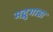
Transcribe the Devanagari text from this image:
मद्रुगाडा